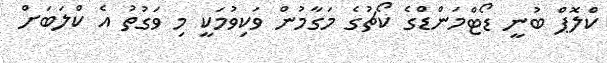
ކްލޮޕް ބުނީ ޑޯޓްމަންޑްގެ ކޯޗުގެ މަގާމުން ވަކިވުމަކީ މި ވަގުތު އެ ކްލަބަށް